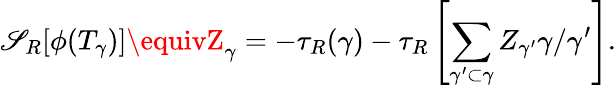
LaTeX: \mathscr{S}_{R}[\phi(T_{\gamma})]\equivZ_{\gamma}=-\tau_{R}(\gamma)-\tau_{R}\left[\sum_{\gamma^{\prime}\subset\gamma}Z_{\gamma^{\prime}}\gamma/\gamma^{\prime}\right].